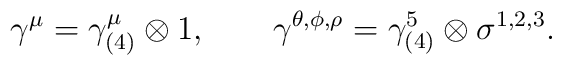
\gamma^{\mu}=\gamma_{(4)}^{\mu}\otimes 1, \qquad \gamma^{\theta,\phi,\rho}=\gamma_{(4)}^5 \otimes\sigma^{1,2,3}.